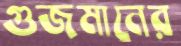
গুজমানের